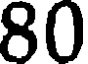
80